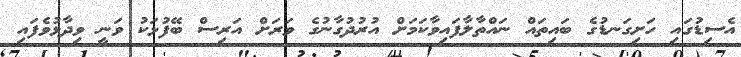
އެސިޑުގައި ހަށިގަނޑުގެ ބައިތައް ނައްތާލާފައިވާކަމަށް އުރުދުގާނުގެ ވަރަށް އަރިސް ބޭފުޅަކު ވަނީ ވިދާޅުވެފައި